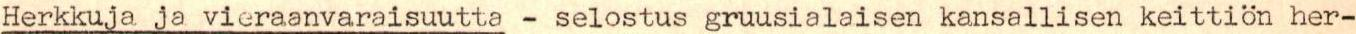
Herkkuja ja vieraanvaraisuutta - selostus gruusialaisen kansallisen keittiön her-